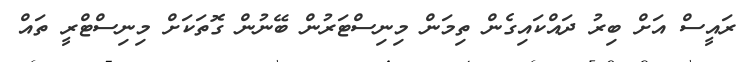
ރައީސް އަށް ބިރު ދައްކައިގެން ތިމަން މިނިސްޓަރުން ބޭނުން ގޮތަކަށް މިނިސްޓްރީ ތައް